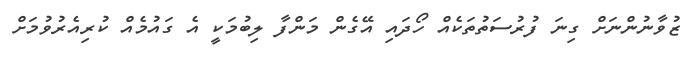
ޒުވާނުންނަށް ގިނަ ފުރުސަތުތަކެއް ހޯދައި އޭގެން މަންފާ ލިބުމަކީ އެ ގައުމެއް ކުރިއެރުވުމަށް